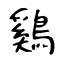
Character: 鷄